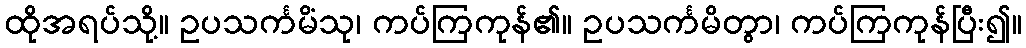
ထိုအရပ်သို့။ ဥပသင်္ကမိံသု၊ ကပ်ကြကုန်၏။ ဥပသင်္ကမိတွာ၊ ကပ်ကြကုန်ပြီး၍။